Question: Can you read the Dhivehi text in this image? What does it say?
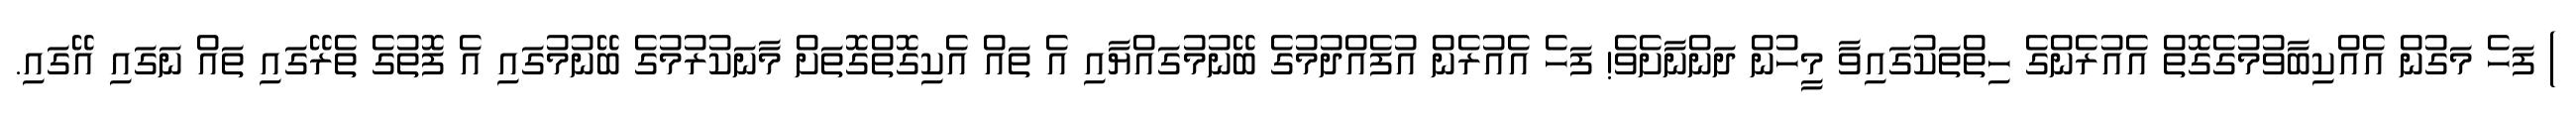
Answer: ) ފަހެ މަގުން އެއްކިބާވުމުގެގޮތް އެއުރެންގެ ހިތްތަކުގައިވާ މީހުން ދަންނާށެވެ! ފަހެ އެއުރެން އުފެއްދުމުގެ ބޭނުމުގައްޔާއި އެ ތައް އެކިގޮތްގޮތަށް މާނަކުރުމުގެ ބޭނުމުގައި އެ ފޮތުގެ ތެރޭގައި ތައް ނަގައި އޭގައި.